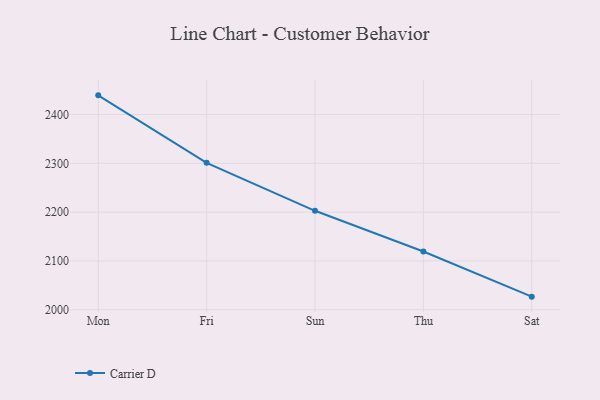
{"axis": {"x": "Day", "y": "Net Income (USD K)"}, "legend": ["Carrier D"], "data": [{"x": "Mon", "y": 2439.3, "type": "Carrier D"}, {"x": "Fri", "y": 2301.1, "type": "Carrier D"}, {"x": "Sun", "y": 2202.7, "type": "Carrier D"}, {"x": "Thu", "y": 2119.4, "type": "Carrier D"}, {"x": "Sat", "y": 2026.8, "type": "Carrier D"}]}